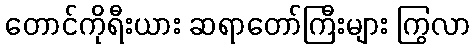
တောင်ကိုရီးယား ဆရာတော်ကြီးများ ကြွလာ